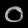
Digit: ၀